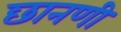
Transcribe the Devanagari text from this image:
छानणी